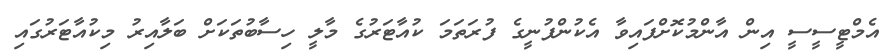
އެމްޓީސީސީ އިން އާންމުކޮށްފައިވާ އެކުންފުނީގެ ފުރަތަމަ ކުއާޓަރުގެ މާލީ ހިސާބުތަކަށް ބަލާއިރު މިކުއާޓަރުގައި